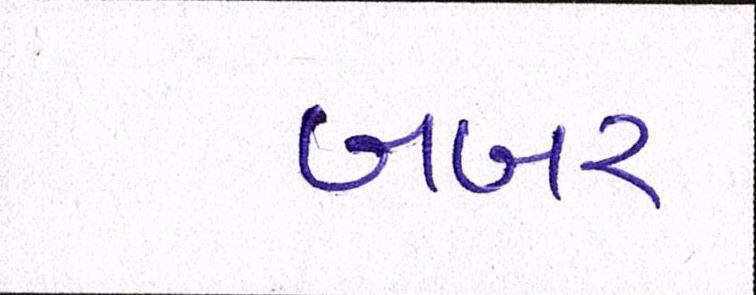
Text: બબર